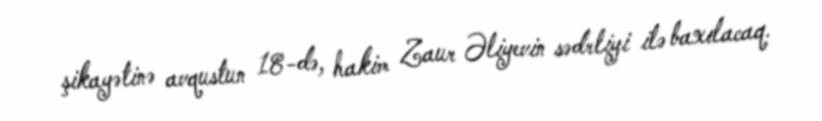
şikayətinə avqustun 18-də, hakim Zaur Əliyevin sədrliyi ilə baxılacaq.